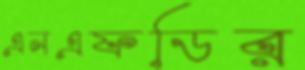
এনএফডির